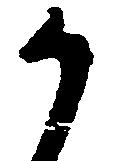
う